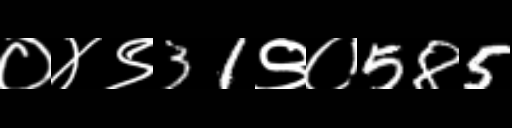
Text: ०४९31९०585